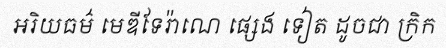
អរិយធម៌ មេឌីទែរ៉ាណេ ផ្សេង ទៀត ដូចជា ក្រិក